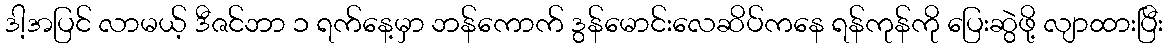
ဒါ့အပြင် လာမယ့် ဒီဇင်ဘာ ၁ ရက်နေ့မှာ ဘန်ကောက် ဒွန်မောင်းလေဆိပ်ကနေ ရန်ကုန်ကို ပြေးဆွဲဖို့ လျာထားပြီး